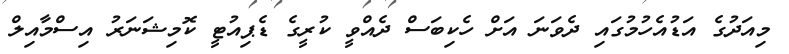
މިއަދުގެ އަޑުއެހުމުގައި ދެވަނަ އަށް ހެކިބަސް ދެއްވީ ކުރީގެ ޑެޕިއުޓީ ކޮމިޝަނަރު އިސްމާއިލް